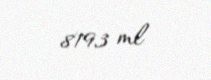
8193 ml